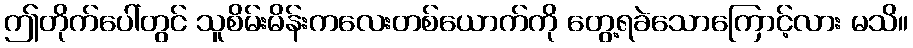
ဤတိုက်ပေါ်တွင် သူစိမ်းမိန်းကလေးတစ်ယောက်ကို တွေ့ရခဲသောကြောင့်လား မသိ။